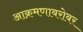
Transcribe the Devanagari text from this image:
आक्रमणाबरोबर